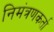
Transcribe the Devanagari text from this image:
निमंत्रणकर्ता